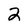
Character: 2